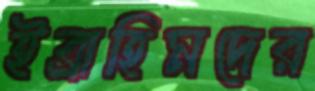
ইব্রাহিমদের